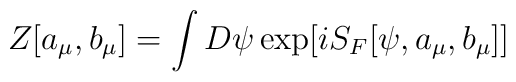
Z[a_{\mu},b_{\mu}]=\int D \psi \exp [i S_{F}[\psi ,a_{\mu},b_{\mu}]]